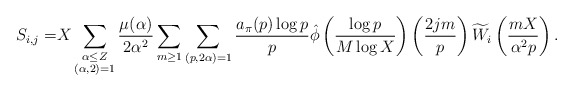
\begin{align*} S_{i,j} =& X \sum_{\substack { \alpha \leq Z \\ (\alpha, 2)=1}}\frac{\mu(\alpha)}{2\alpha^2} \sum_{m \geq 1} \sum_{\substack{(p,2\alpha)=1}} \frac {a_{\pi}(p)\log p}{p} \hat{\phi} \left( \frac {\log p}{M\log X} \right) \left( \frac{2jm}{p} \right) \widetilde{W}_{i}\left(\frac{mX}{\alpha^2p} \right).\end{align*}